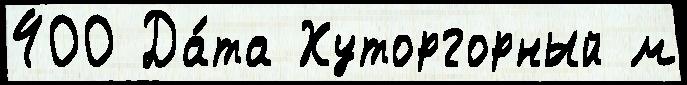
400 Да́та Хуторгорный м